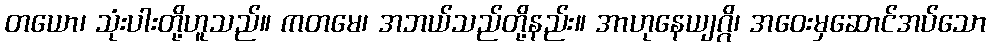
တယော၊ သုံးပါးတို့ဟူသည်။ ကတမေ၊ အဘယ်သည်တို့နည်း။ အာဟုနေယျဂ္ဂိ၊ အဝေးမှဆောင်အပ်သော